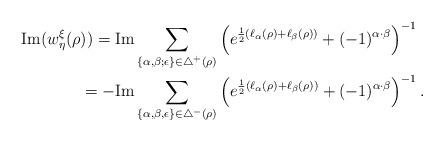
LaTeX: \begin{align*}\mathrm{Im}(w^\xi_\eta(\rho))= \mathrm{Im}&\sum_{\{\alpha,\beta;\epsilon\}\in\triangle^+(\rho)}\left(e^{\frac{1}{2}(\ell_{\alpha}(\rho)+\ell_{\beta}(\rho))}+(-1)^{\alpha\cdot\beta}\right)^{-1}\\=-\mathrm{Im}&\sum_{\{\alpha,\beta,\epsilon\}\in\triangle^-(\rho)}\left(e^{\frac{1}{2}(\ell_{\alpha}(\rho)+\ell_{\beta}(\rho))}+(-1)^{\alpha\cdot\beta}\right)^{-1}.\end{align*}